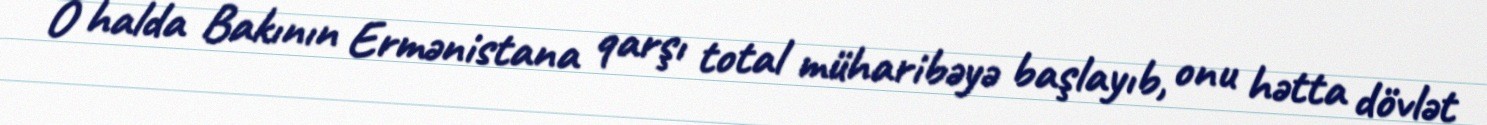
O halda Bakının Ermənistana qarşı total müharibəyə başlayıb, onu hətta dövlət